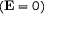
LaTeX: ( \mathbf { E } = 0 )